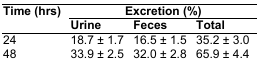
| <ROWSPAN=2> Time (hrs) | <COLSPAN=3> Excretion (%) |
 | Urine | Feces | Total |
 | --- | --- | --- | --- |
 | 24 | 18.7 ± 1.7 | 16.5 ± 1.5 | 35.2 ± 3.0 |
 | 48 | 33.9 ± 2.5 | 32.0 ± 2.8 | 65.9 ± 4.4 |